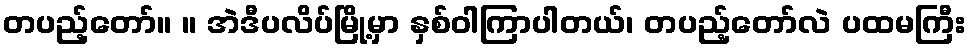
တပည့်တော်။ ။ အဲဒီပလိပ်မြို့မှာ နှစ်ဝါကြာပါတယ်၊ တပည့်တော်လဲ ပထမကြီး